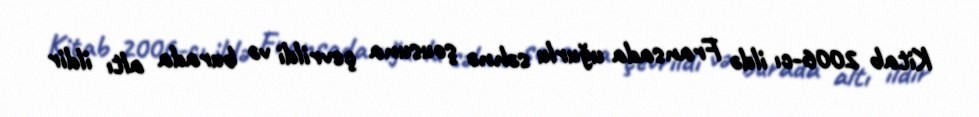
Kitab 2006-cı ildə Fransada uğurlu səhnə şousuna çevrildi və burada altı ildir